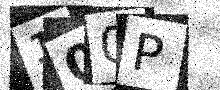
Text: 100P